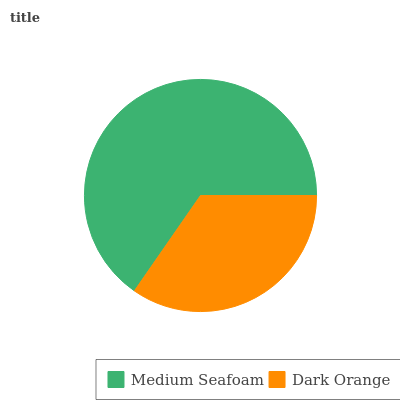
| Medium Seafoam | Dark Orange |
 | --- | --- |
 | 65.3% | 34.7% |